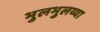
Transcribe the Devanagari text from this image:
भुलभुलय्या